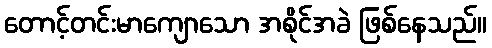
တောင့်တင်းမာကျောသော အစိုင်အခဲ ဖြစ်နေသည်။